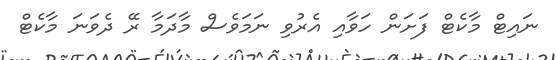
ނައިޓް މާކެޓް ފަށަން ހަވާއި އެރުވި ނަމަވެސް މާދަމާ ރޭ ދެވަނަ މާކެޓް